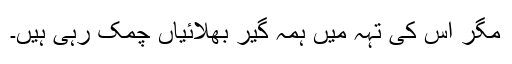
مگر اس کی تہہ میں ہمہ گیر بھلائیاں چمک رہی ہیں۔